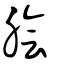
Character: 膾